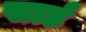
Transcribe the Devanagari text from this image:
सार्ड